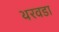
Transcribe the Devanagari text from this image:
थरवडा